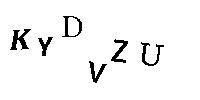
KYDVZU